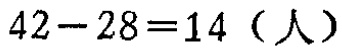
\(42 - 28 = 14\)（人）